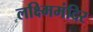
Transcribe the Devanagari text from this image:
लक्ष्मिमंदिर